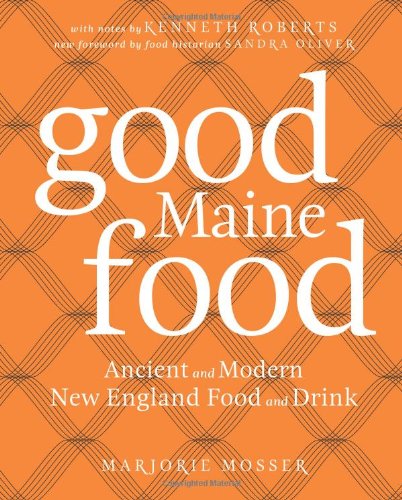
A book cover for Good Maine Food: Ancient and Modern New England Food & Drink; Marjorie Mosser; Cookbooks, Food & Wine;